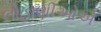
લોહાણીઓએ